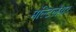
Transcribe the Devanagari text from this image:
मल्टिलेयर